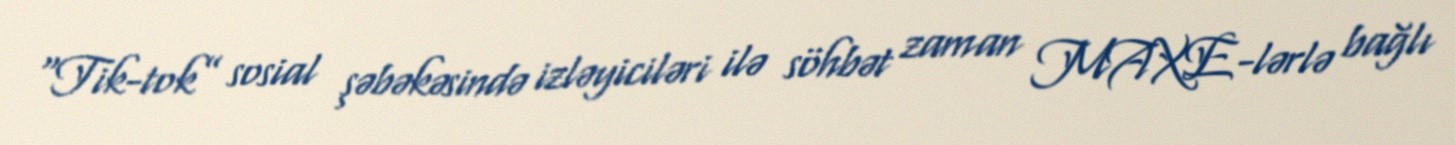
“Tik-tok” sosial şəbəkəsində izləyiciləri ilə söhbət zaman MAXE-lərlə bağlı